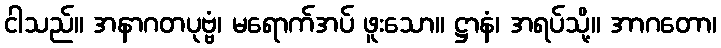
ငါသည်။ အနာဂတပုဗ္ဗံ၊ မရောက်အပ် ဖူးသော။ ဋ္ဌာနံ၊ အရပ်သို့။ အာဂတော၊